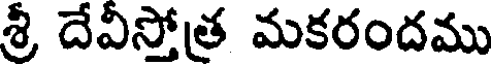
శ్రీ దేవిస్తోత్ర మకరందము